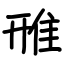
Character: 雃